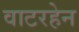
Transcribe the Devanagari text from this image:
वाटरहेन